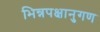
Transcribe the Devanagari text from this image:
भिन्नपक्षानुगण